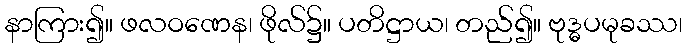
နာကြား၍။ ဖလဝဏေန၊ ဖိုလ်၌။ ပတိဋ္ဌာယ၊ တည်၍။ ဗုဒ္ဓပမုခဿ၊